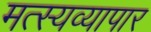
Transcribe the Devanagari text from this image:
मत्स्यव्यापार